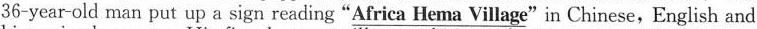
36-year-old man put up a sign reading \underline{"Africa He ma Village"}in Chinese,English and